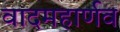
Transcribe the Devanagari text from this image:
वादमहार्णव